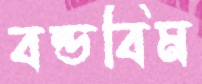
বন্ডবিম